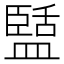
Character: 𭾑